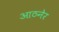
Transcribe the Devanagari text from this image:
आठनेर